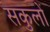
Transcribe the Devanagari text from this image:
सकुलों